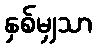
နှစ်မျှသာ